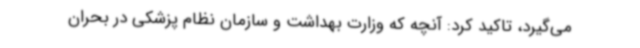
می‌گیرد، تاکید کرد: آنچه که وزارت بهداشت و سازمان نظام پزشکی در بحران